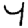
Digit: 4